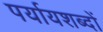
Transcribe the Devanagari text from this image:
पर्यायशब्दों